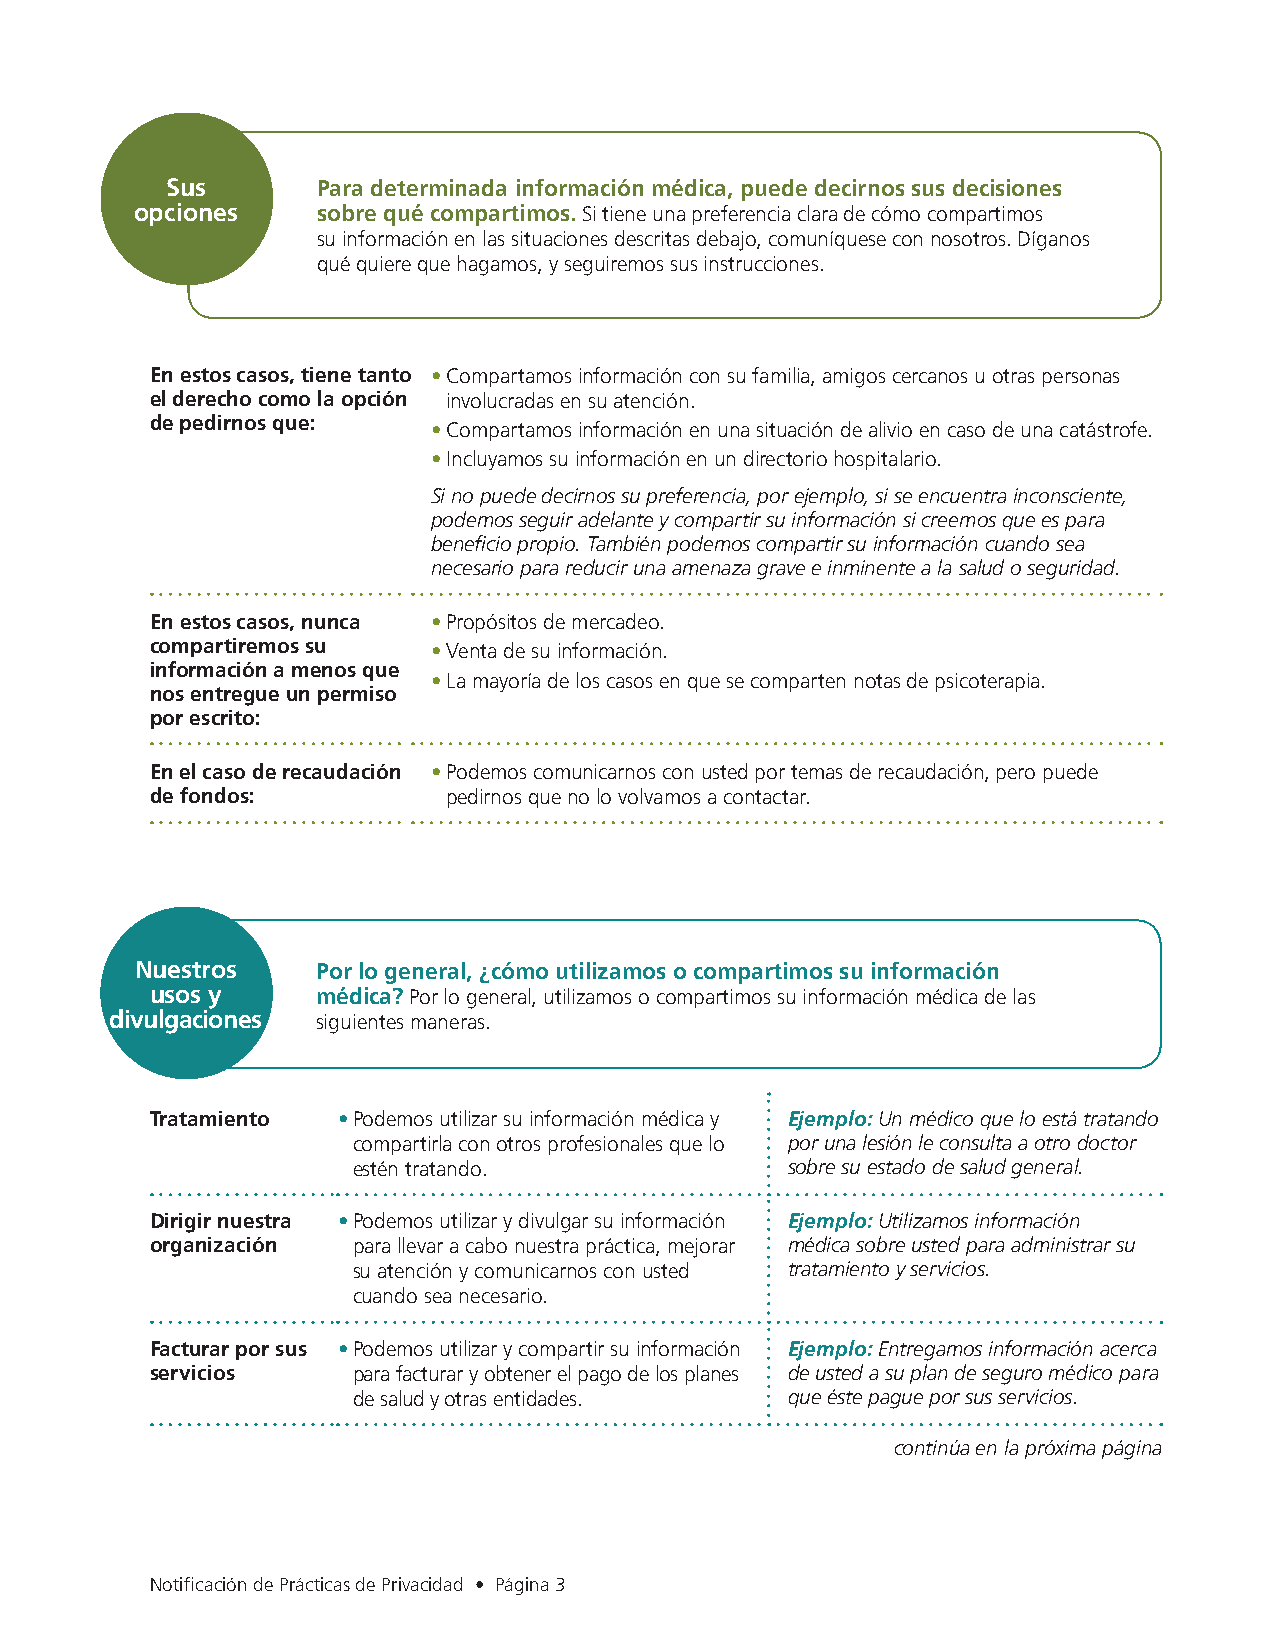
Sus       Para determinada información médica, puede decirnos sus decisiones
 opciones    sobre qué compartimos. Si tiene una preferencia clara de cómo compartimos
 su información en las situaciones descritas debajo, comuníquese con nosotros. Díganos
 qué quiere que hagamos, y seguiremos sus instrucciones.
 En estos casos, tiene tanto • Compartamos información con su familia, amigos cercanos u otras personas
 el derecho como la opción involucradas en su atención.
 de pedirnos que:   • Compartamos información en una situación de alivio en caso de una catástrofe.
 • Incluyamos su información en un directorio hospitalario.
 Si no puede decirnos su preferencia, por ejemplo, si se encuentra inconsciente,
 podemos seguir adelante y compartir su información si creemos que es para
 beneficio propio. También podemos compartir su información cuando sea
 necesario para reducir una amenaza grave e inminente a la salud o seguridad.
 En estos casos, nunca • Propósitos de mercadeo.
 compartiremos su   • Venta de su información.
 información a menos que
 • La mayoría de los casos en que se comparten notas de psicoterapia.
 nos entregue un permiso
 por escrito:
 En el caso de recaudación • Podemos comunicarnos con usted por temas de recaudación, pero puede
 de fondos:          pedirnos que no lo volvamos a contactar.
 Nuestros    Por lo general, ¿cómo utilizamos o compartimos su información
 usos y     médica? Por lo general, utilizamos o compartimos su información médica de las
 divulgaciones siguientes maneras.
 Tratamiento • Podemos utilizar su información médica y Ejemplo: Un médico que lo está tratando
 compartirla con otros profesionales que lo por una lesión le consulta a otro doctor
 estén tratando.              sobre su estado de salud general.
 Dirigir nuestra • Podemos utilizar y divulgar su información Ejemplo: Utilizamos información
 organización para llevar a cabo nuestra práctica, mejorar médica sobre usted para administrar su
 su atención y comunicarnos con usted tratamiento y servicios.
 cuando sea necesario.
 Facturar por sus • Podemos utilizar y compartir su información Ejemplo: Entregamos información acerca
 servicios    para facturar y obtener el pago de los planes de usted a su plan de seguro médico para
 de salud y otras entidades.  que éste pague por sus servicios.
 continúa en la próxima página
 Notificación de Prácticas de Privacidad • Página 3